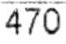
470